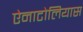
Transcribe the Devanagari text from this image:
ऐनाटोलियास